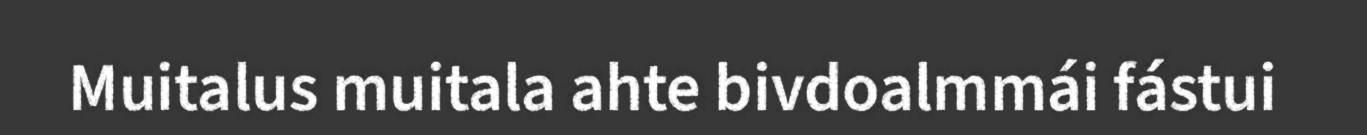
Muitalus muitala ahte bivdoalmmái fástui